Indian journal of veterinary science and animal husbandry - Volume 14,
Year: 1944
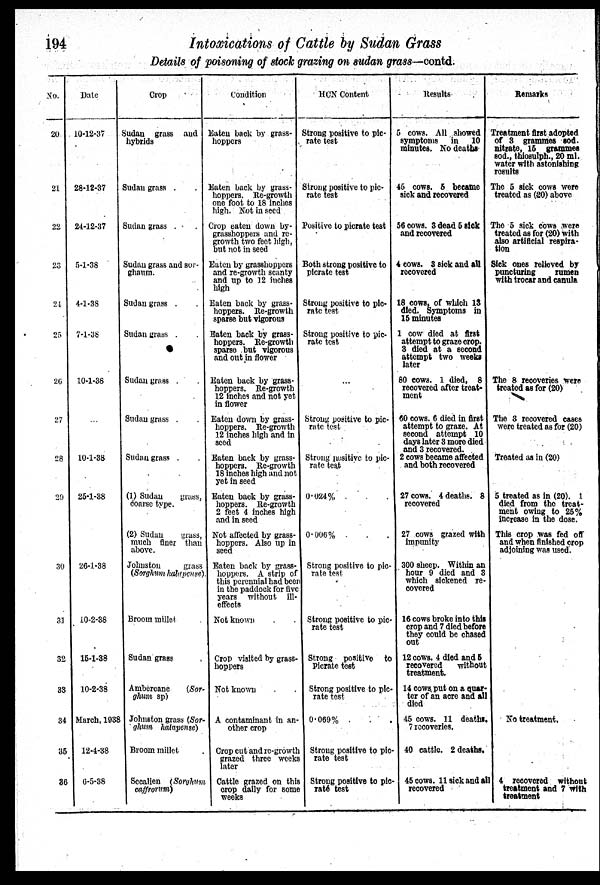
194
Intoxications of Cattle by Sudan Grass
Details of poisoning of stock grazing on sudan grass—contd.
No.
20
21
22
23
24
25
26
27
28
29
30
31
32
33
34
35
36
Date
10-12-37
28-12-37
24-12-37
5-1-38
4-1-38
7-1-38
10-1-38
...
10-1-38
25-1-38
26-1-38
10-2-38
15-1-38
10-2-38
March, 1938
12-4-38
6-5-38
Crop
Sudan grass and
hybrids
Sudan grass . .
Sudan grass . .
Sudan grass and sor-
ghaum.
Sudan grass . .
Sudan grass . .
Sudan grass . .
Sudan grass . .
Sudan grass . .
(1) Sudan
grass,
coarse type.
(2) Sudan
grass,
much finer than
above.
Johnston
grass
(Sorghum halapense)
Broom millet .
Sudan grass .
Ambercane
(Sor-
ghum sp)
Johnston grass (Sor-
ghum halapense)
Broorn millet .
Sccalien (Soruhum
caffrorum)
Condition
Eaten back by grass-
hoppers
Eaten back by grass-
hoppers. Re-growth
one foot to 18 inches
high. Not in seed
Crop eaten down by-
grasshoppers and re-
growth two feet high,
but not in seed
Eaten by grasshoppers
and re-growth scanty
and up to 12 inches
high
Eaten back by grass-
hoppers. Re-growth
sparse but vigorous
Eaten back by grass-
hoppers. Re-growth
sparse but vigorous
and out in flower
Eaten back by grass-
hoppers. Re-growth
12 inches and not yet
in flower
Eaten down by grass-
hoppers. Re-growth
12 inches high and in
seed
Eaten back by grass-
hoppers. Re-growth
18 inches high and not
yet in seed
Eaten back by grass-
hoppers. Re-growth
2 feet 4 inches high
and in seed
Not affected by grass-
hoppers. Also up in
seed
Eaten back by grass-
hoppers. A strip of
this perennial had beer
in the paddock for five
years without ill-
effects
Not known . .
Crop visited by grass-
hoppers
Not known . .
A contaminant in an-
other crop
Crop cut and re-growth
grazed three weeks
later
Cattle grazed on this
crop daily for some
weeks
HCN Content
Strong positive to pic-
rate test
Strong positive to pic-
rate test
Positive to picrate test
Both strong positive to
picrate test
Strong positive to pic-
rate test
Strong positive to pic-
rate test
...
Strong positive to pic-
rate test
Strong positive to pic-
rate test
0.024% . . .
0.006% . . .
Strong positive to pic-
rate test
Strong positive to pic-
rate test
Strong positive to
Picrate test
Strong positive to pic-
rate test
0.069% . . .
Strong positive to pic-
rate test
Strong positive to pic-
rate test
Results
5 cows. All showed
symptoms in 10
minutes. No deaths
45 cows. 5 became
sick and recovered
56 cows. 3 dead 5 sick
and recovered
4 cows. 3 sick and all
recovered
18 cows, of which 13
died. Symptoms in
15 minutes
1 cow died at first
attempt to graze crop.
3 died at a second
attempt two weeks
later
80 cows. 1 died, 8
recovered after treat-
ment
60 cows. 6 died in first
attempt to graze. At
second attempt 10
days later 3 more died
and 3 recovered.
2 cows became affected
and both recovered
27 cows. 4 deaths. 8
recovered
27 cows grazed with
impunity
300 sheep. Within an
hour 9 died and 8
which sickened re-
covered
16 cows broke into this
crop and 7 died before
they could be chased
out
12 cows. 4 died and 5
recovered
without
treatment.
14 cows put on a quar-
ter of an acre and all
died
45 cows. 11 deaths.
7 recoveries.
40 cattle. 2 deaths.
45 cows. 11 sick and all
recovered
Remarks
Treatment first adopted
of 3 grammes sod.
nitrate, 15 grammes
sod., thiosulph., 20 ml.
water with astonishing
results
The 5 sick cows were
treated as (20) above
The 5 sick cows were
treated as for (20) with
also artificial respira-
tion
Sick ones relieved by
puncturing
rumen
with trocar and canula
The 8 recoveries were
treated as for (20)
The 3 recovered cases
were treated as for (20)
Treated as in (20)
5 treated as in (20). 1
died from the treat-
ment owing to 25%
increase in the dose.
This crop was fed on
and when finished crop
adjoining was used.
No treatment.
4 recovered without
treatment and 7 with
treatment